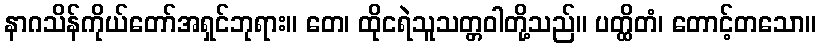
နာဂသိန်ကိုယ်တော်အရှင်ဘုရား။ တေ၊ ထိုငရဲသူသတ္တဝါတို့သည်။ ပတ္ထိတံ၊ တောင့်တသော။